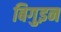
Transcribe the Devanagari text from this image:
बिगुइन